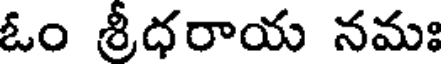
ఓం శ్రీధరాయ నమః